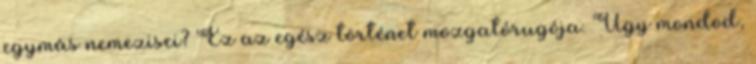
egymás nemezisei? Ez az egész történet mozgatórugója. Úgy mondod,